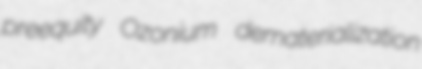
preequity Ozonium dematerialization